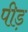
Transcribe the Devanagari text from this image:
पीड़